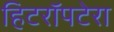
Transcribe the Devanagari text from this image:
हिटरॉपटेरा